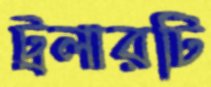
ট্রলারটি